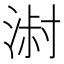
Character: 𰜓